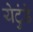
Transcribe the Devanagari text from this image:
येटुंडे